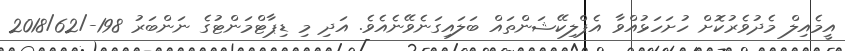
އީމެއިލް މެދުވެރުކޮށް ހުށަހަޅުއްވާ އެޕްލިކޭޝަންތައް ބަލައިގަނެވޭނެއެވެ. އަދި މި ޑިޕާޓްމަންޓުގެ ނަންބަރު 198-/2018/62